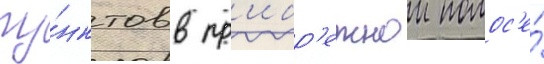
пу́нктов в пр'ибр'ежнои полос'е́